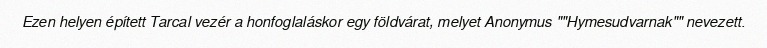
Ezen helyen épített Tarcal vezér a honfoglaláskor egy földvárat, melyet Anonymus ""Hymesudvarnak"" nevezett.